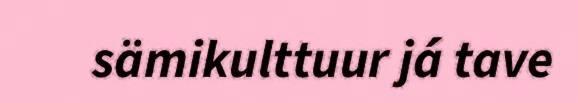
sämikulttuur já tave